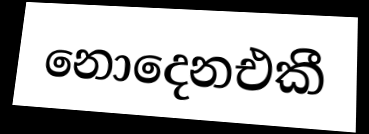
නොදෙනඑකී